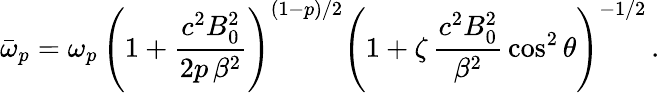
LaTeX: \bar{\omega}_{p}=\omega_{p}\, \left(1+\frac{c^{2}B_{0}^{2}}{2p\, \beta^{2}}\right)^{(1-p)/2}\left(1+\zeta\, \frac{c^{2}B_{0}^{2}}{\beta^{2}}\, \cos^{2}\theta\right)^{-1/2}\, .